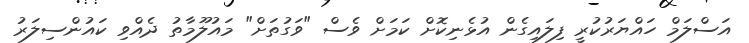
އަސްލަމް ހައްޔަރުކުރީ ފިލައިގެން އުޅެނިކޮށް ކަމަށް ވެސް "ވަގުތަށް" މައުލޫމާތު ދެއްވި ކައުންސިލަރު